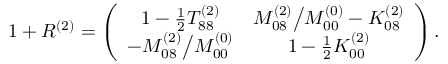
1 + R ^ { ( 2 ) } = \left( \begin{array} { c c } { { 1 - \frac { 1 } { 2 } T _ { 8 8 } ^ { ( 2 ) } } } & { { M _ { 0 8 } ^ { ( 2 ) } \big / M _ { 0 0 } ^ { ( 0 ) } - K _ { 0 8 } ^ { ( 2 ) } } } \\ { { - M _ { 0 8 } ^ { ( 2 ) } \big / M _ { 0 0 } ^ { ( 0 ) } } } & { { 1 - \frac { 1 } { 2 } K _ { 0 0 } ^ { ( 2 ) } } } \end{array} \right) .